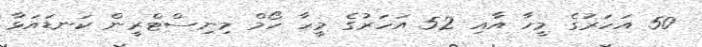
50 އަހަރުގެ މީހާ އާއި 52 އަހަރުގެ މީހާ ހޯމް މިނިސްޓްރީން ކަނޑައަޅާ